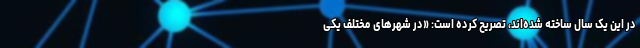
در این یک سال ساخته شده‌اند، تصریح کرده است: «در شهرهای مختلف یکی